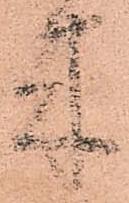
来